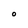
Character: O